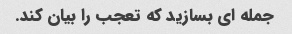
جمله ای بسازید که تعجب را بیان کند.